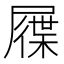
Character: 屧